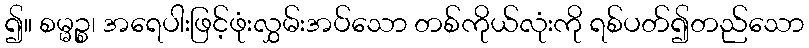
၍။ စမ္မဉ္စ၊ အရေပါးဖြင့်ဖုံးလွှမ်းအပ်သော တစ်ကိုယ်လုံးကို ရစ်ပတ်၍တည်သော